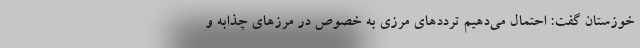
خوزستان گفت: احتمال می‌دهیم ترددهای مرزی به خصوص در مرزهای چذابه و